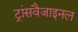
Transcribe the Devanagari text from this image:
ट्रांसवैजाइनल